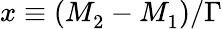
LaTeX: x\equiv(M_{2}^{}-M_{1}^{})/\Gamma